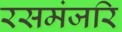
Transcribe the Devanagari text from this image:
रसमंजरि